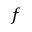
f